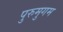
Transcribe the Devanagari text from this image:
पुरुमुगम